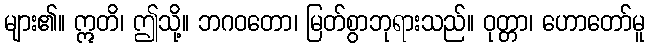
များ၏။ ဣတိ၊ ဤသို့။ ဘဂဝတော၊ မြတ်စွာဘုရားသည်။ ဝုတ္တာ၊ ဟောတော်မူ